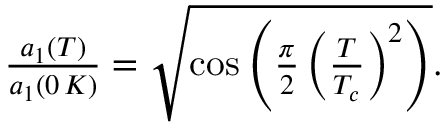
\begin{array} { r } { \frac { a _ { 1 } ( T ) } { a _ { 1 } ( 0 \, K ) } = \sqrt { \cos \left( \frac { \pi } { 2 } \left( \frac { T } { T _ { c } } \right) ^ { 2 } \right) } . } \end{array}